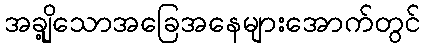
အချို့သောအခြေအနေများအောက်တွင်